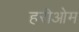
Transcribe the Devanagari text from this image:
हरीओम